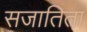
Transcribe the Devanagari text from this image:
सजातिता